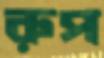
রুপ